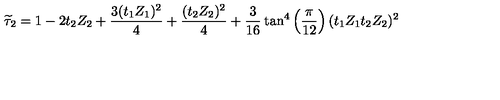
\widetilde { \tau } _ { 2 } = 1 - 2 t _ { 2 } Z _ { 2 } + \frac { 3 ( t _ { 1 } Z _ { 1 } ) ^ { 2 } } { 4 } + \frac { ( t _ { 2 } Z _ { 2 } ) ^ { 2 } } { 4 } + \frac { 3 } { 1 6 } \tan ^ { 4 } \left( \frac { \pi } { 1 2 } \right) ( t _ { 1 } Z _ { 1 } t _ { 2 } Z _ { 2 } ) ^ { 2 }